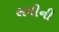
સમીની